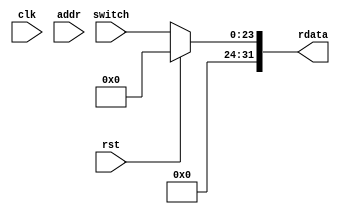
module switch(
    input  wire         rst,
    input  wire         clk,
    input  wire [11:0]  addr,
    input  wire [23:0]  switch,
    output reg  [31:0]  rdata
);
    always @(*) begin
        if(rst) begin
            rdata = 32'd0;
        end else begin
            rdata = {8'd0, switch};
        end
    end

endmodule